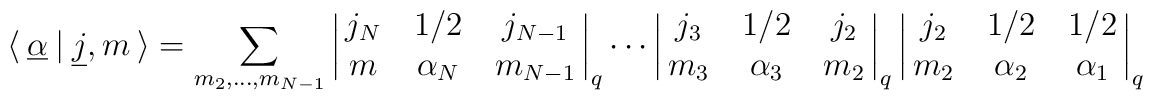
\langle\ \underline\alpha\ |\ \underline j,m\ \rangle =\sum_{m_2,\dots,m_{N-1}} \left|\matrix{ j_N& 1/2& j_{N-1} \cr m&\alpha_N & m_{N-1}} \right|_q\cdots \left|\matrix{ j_3& 1/2& j_2 \cr m_3&\alpha_3 & m_2} \right|_q \left|\matrix{ j_2& 1/2& 1/2 \cr m_2&\alpha_2 & \alpha_1 }\right|_q